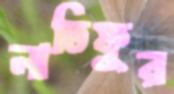
লাতিফুর